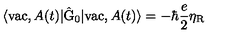
\langle \mathrm { v a c } , A ( t ) | \hat { \mathrm { G } } _ { 0 } | \mathrm { v a c } , A ( t ) \rangle = - \hbar \frac { e } { 2 } { \eta } _ { \mathrm { R } }